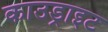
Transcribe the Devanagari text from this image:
काउड्राइट